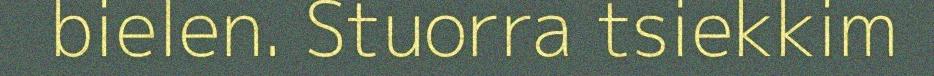
bielen. Stuorra tsiekkim